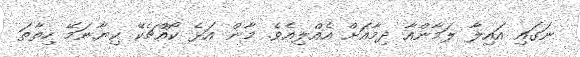
ނަގައި އައިލާ ލަމާންއާ ދިމާއަށް އެއްލިއެވެ. މާން އަޅެ ކޯއްޗެކޭ ކިޔާނަމޭ ހިތާތަ